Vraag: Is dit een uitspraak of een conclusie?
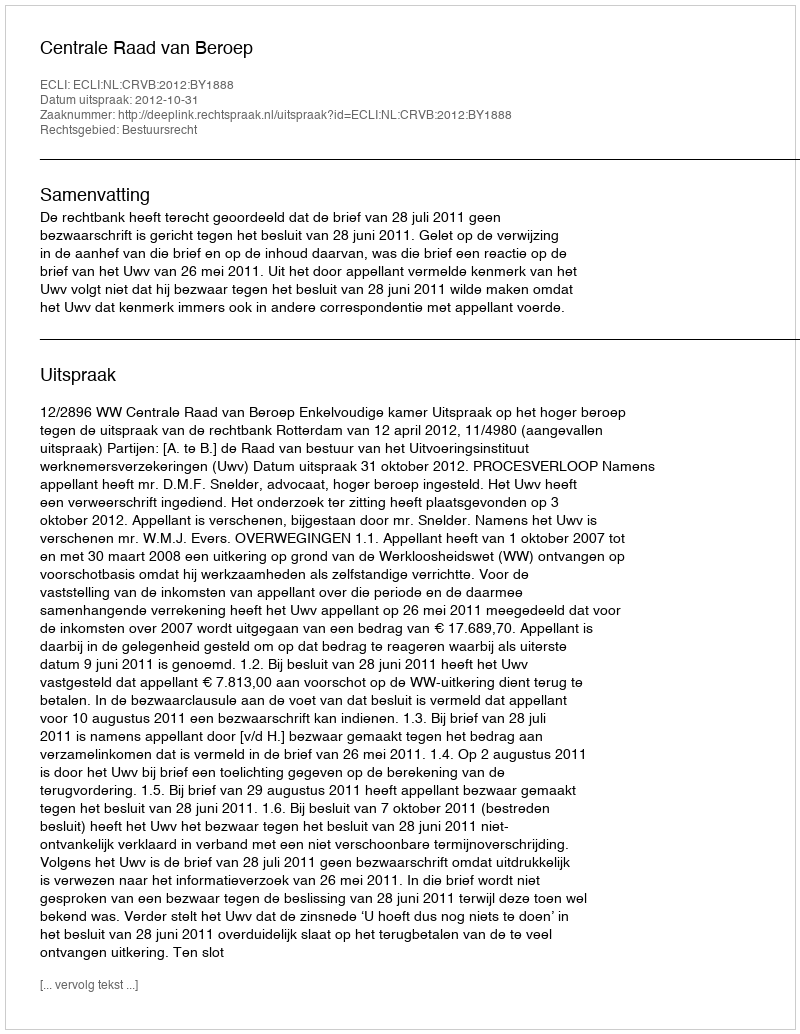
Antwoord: Uitspraak